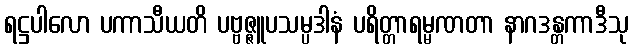
ရဋ္ဌပါလော ပကာသီယတိ ပဗ္ဗဇ္ဇူပသမ္ပဒါနံ ပရိတ္တာရမ္မဏတာ နာဂဒန္တကာဒီသု